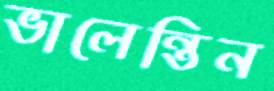
ভালেন্তিন